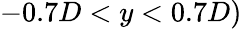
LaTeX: -0.7D<y<0.7D)